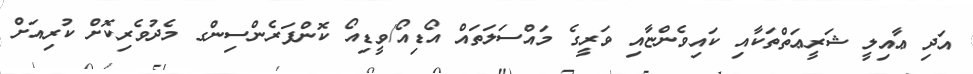
އަދި ޢާއިލީ ޝަރީޢަތްތަކާއި ކައިވެންޏާއި ވަރީގެ މައްސަލަތައް އޯޑިއޯ/ވީޑިއޯ ކޮންފަރެންސިންގ މެދުވެރިކޮށް ކުރިއަށް